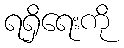
ရရှိရေးကို